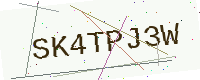
Text: SK4TPJ3W